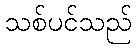
သစ်ပင်သည်